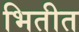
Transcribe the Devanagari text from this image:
भितीत